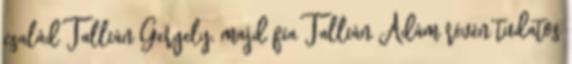
család Tallián Gergely, majd fia Tallián Ádám révén tudatos